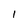
Character: 1